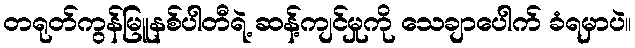
တရုတ်ကွန်မြူနစ်ပါတီရဲ့ ဆန့်ကျင်မှုကို သေချာပေါက် ခံရမှာပဲ။